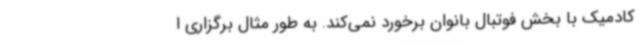
کادمیک با بخش فوتبال بانوان برخورد نمی‌کند. به طور مثال برگزاری ا